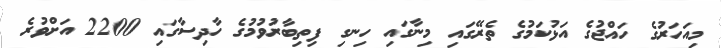
މިއަހަރުގެ ހައްޖުގެ އަޅުކަމުގެ ތެރޭގައި މިނާގައި ހިނގި ފިތިބާރުވުމުގެ ހާދިސާގައި 2200 އަށްވުރެ